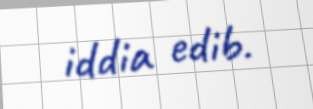
iddia edib.